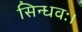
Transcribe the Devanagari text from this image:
सिन्धवः।